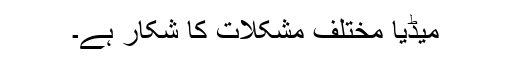
میڈیا مختلف مشکلات کا شکار ہے۔